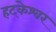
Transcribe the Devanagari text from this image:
हट्केश्वर